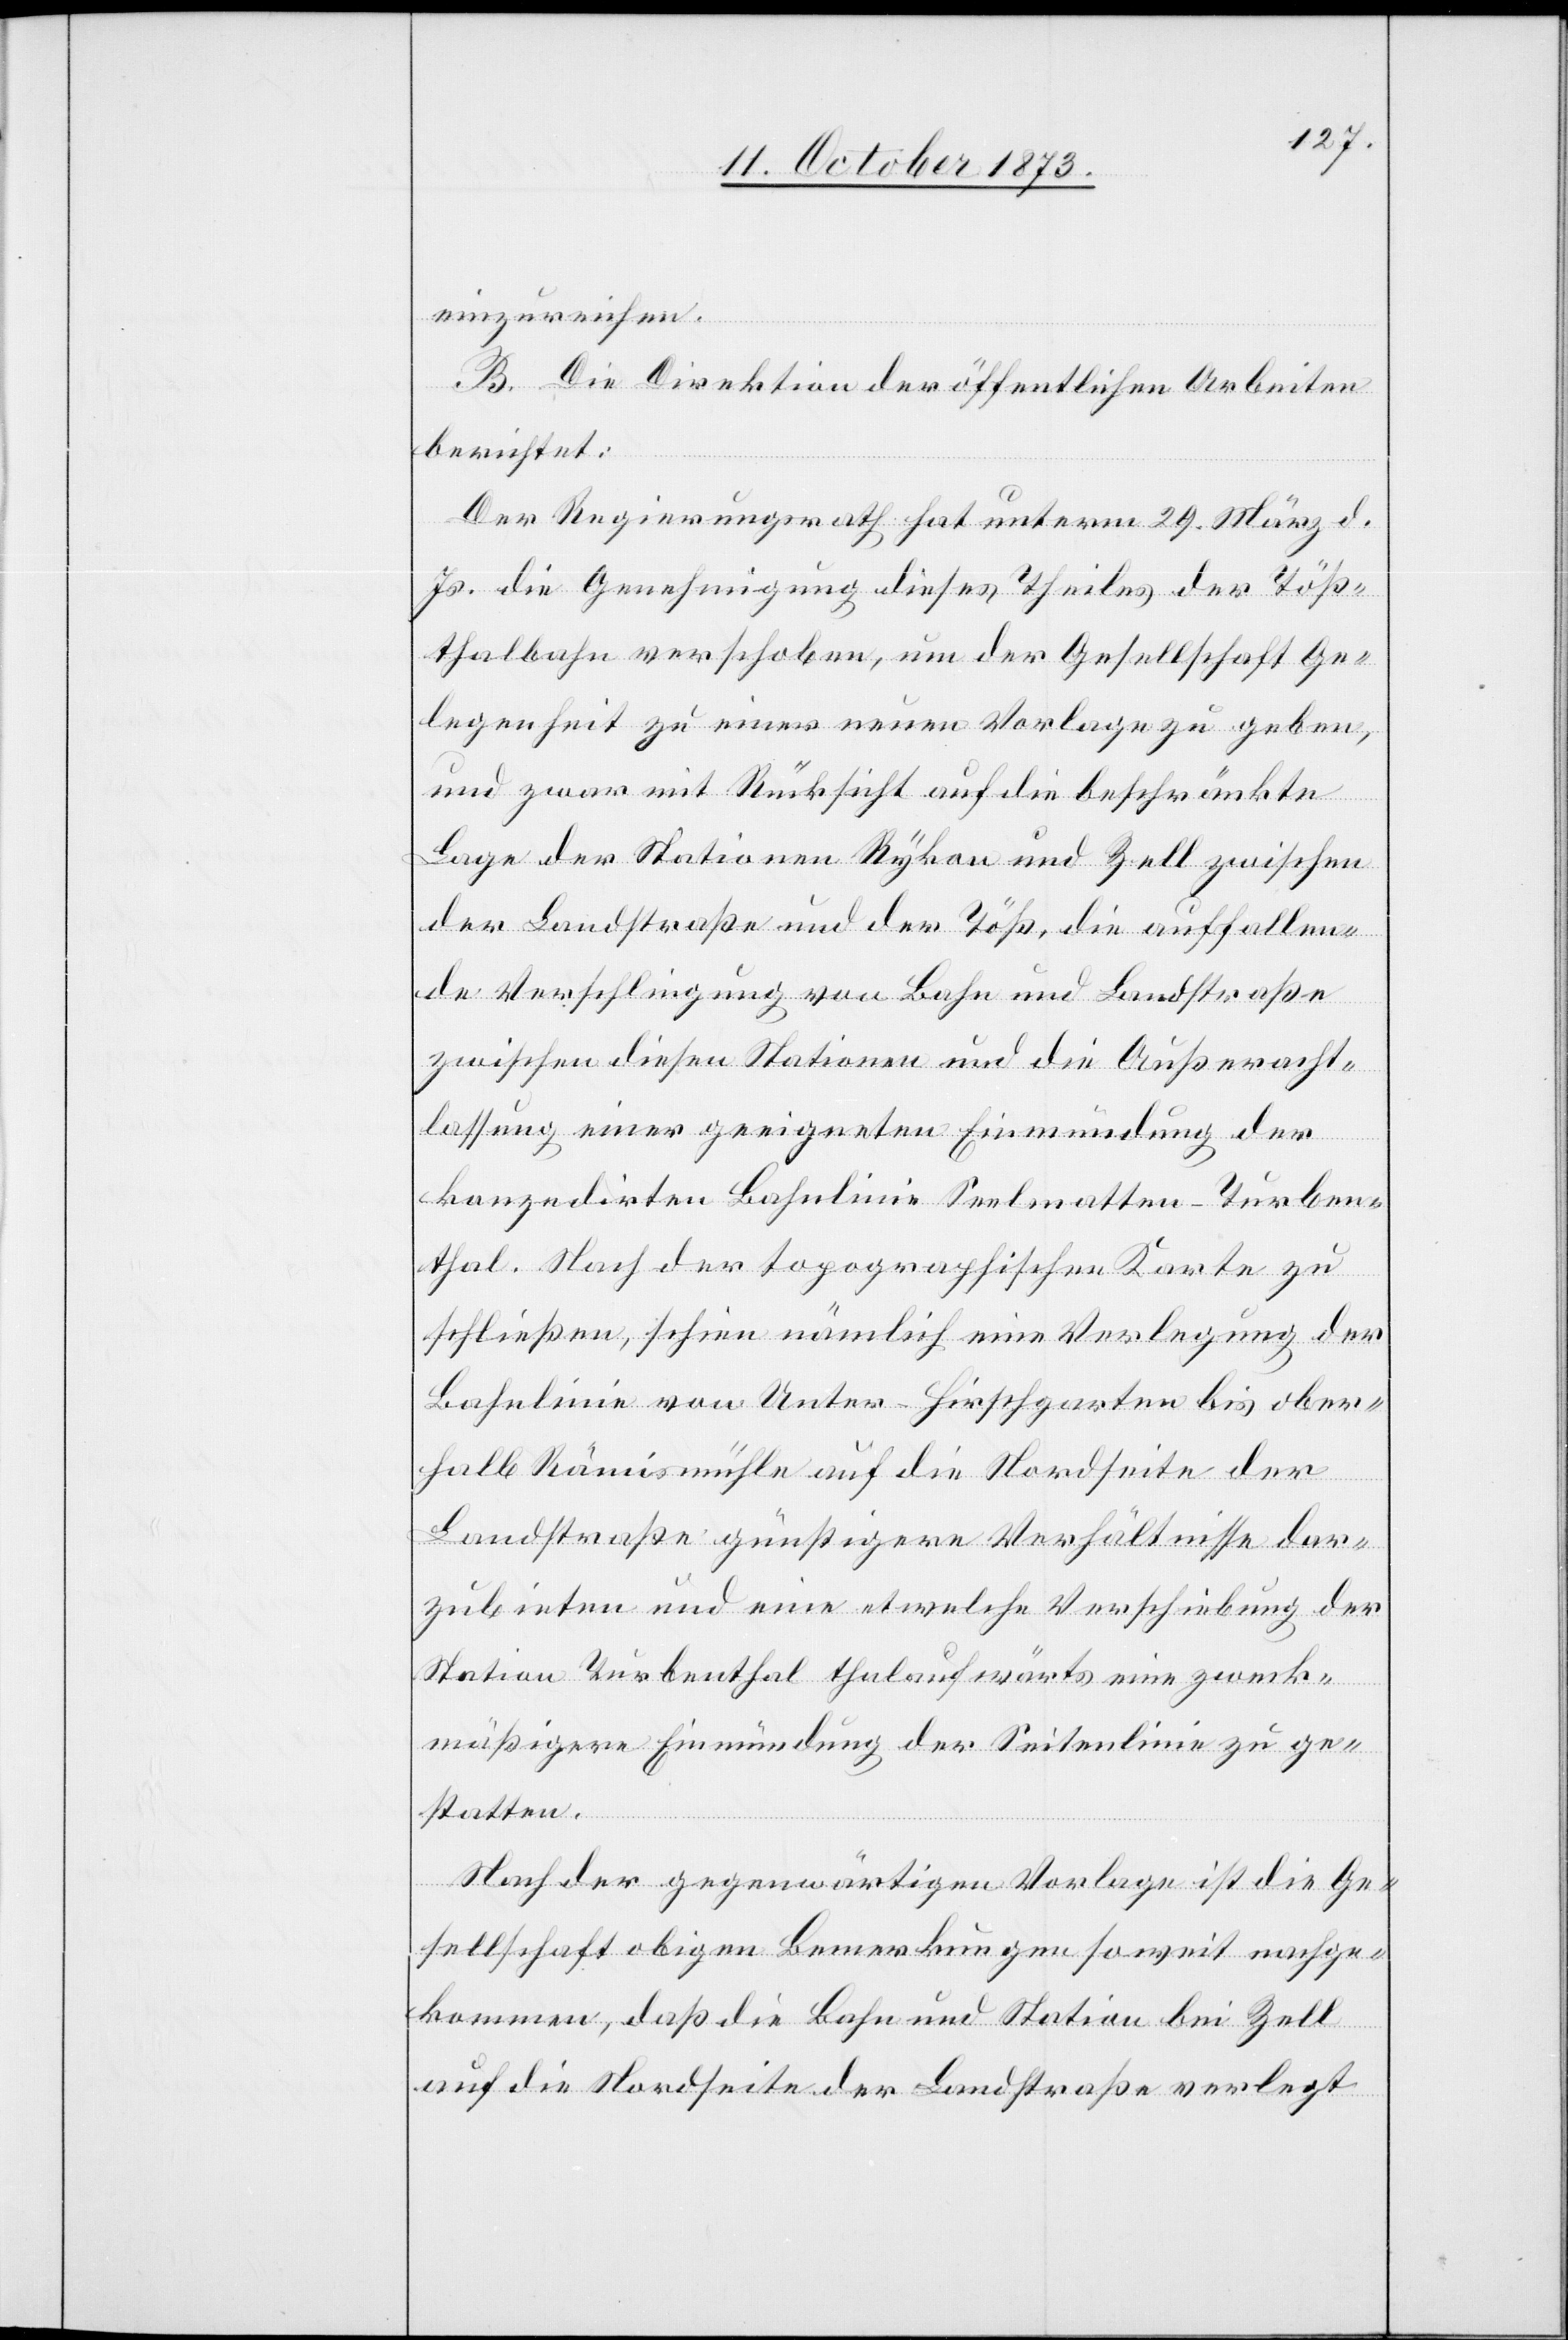
einzureichen.
B. Die Direktion der öffentlichen Arbeiten
berichtet:
Der Regierungsrath hat unterm 29. März d.
Js. die Genehmigung dieses Theiles der Töß¬
thalbahn verschoben, um der Gesellschaft Ge¬
legenheit zu einer neuen Vorlage zu geben,
und zwar mit Rücksicht auf die beschränkte
Lage der Stationen Rykon und Zell zwischen
der Landstraße und der Töß, die auffallen¬
de Verschlingung von Bahn und Landstraße
zwischen diesen Stationen und die Außeracht¬
lassung einer geeigneten Einmündung der
konzedirten Bahnlinie Seelmatten–Turben¬
thal. Nach der topographischen Karte zu
schließen, schien nämlich eine Verlegung der
Bahnlinie von Unter-Hirschgarten bis ober¬
halb Rämismühle auf die Nordseite der
Landstraße günstigere Verhältnisse dar¬
zubieten und eine etwelche Verschiebung der
Station Turbenthal thalaufwärts eine zweck¬
mäßigere Einmündung der Seitenlinie zu ge¬
statten.
Nach der gegenwärtigen Vorlage ist die Ge¬
sellschaft obigen Bemerkungen soweit nachge¬
kommen, daß die Bahn und Station bei Zell
auf die Nordseite der Landstraße verlegt